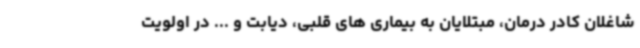
شاغلان کادر درمان، مبتلایان به بیماری های قلبی، دیابت و ... در اولویت